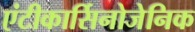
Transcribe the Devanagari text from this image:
एंटीकार्सिनोजेनिक